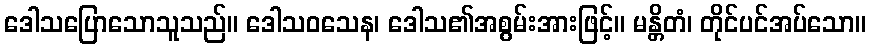
ဒေါသပြောသောသူသည်။ ဒေါသဝသေန၊ ဒေါသ၏အစွမ်းအားဖြင့်။ မန္တိတံ၊ တိုင်ပင်အပ်သော။